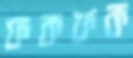
ফকফক